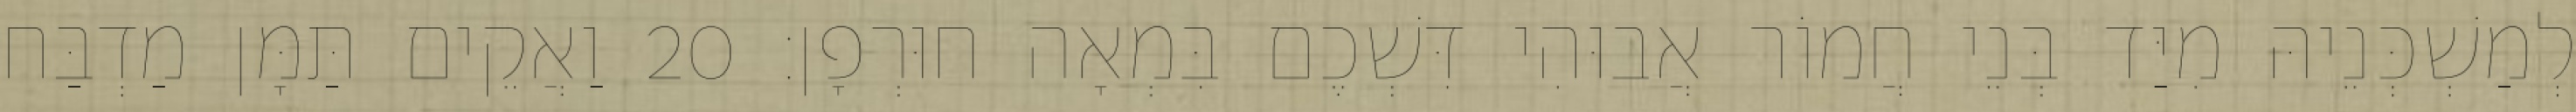
לְמַשְׁכְּנֵיהּ מִיַּד בְּנֵי חֲמוֹר אֲבוּהִי דִּשְׁכֶם בִּמְאָה חוּרְפָן׃ 20 וַאֲקֵים תַּמָּן מַדְבַּח